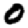
Digit: 0